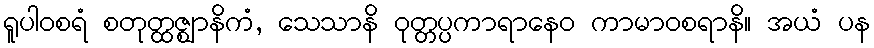
ရူပါဝစရံ စတုတ္ထဇ္ဈာနိကံ, သေသာနိ ဝုတ္တပ္ပကာရာနေဝ ကာမာဝစရာနိ။ အယံ ပန